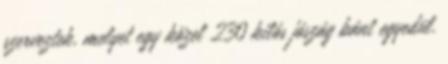
szerveztek, melyet egy közel 230 kilós jószág bánt egyedül.